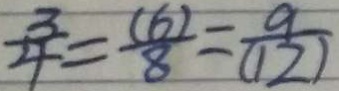
\frac { 3 } { 4 } = \frac { ( 6 ) } { 8 } = \frac { 9 } { ( 1 2 ) }